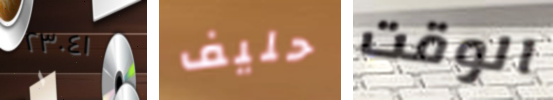
٢٣٠٤١ حليف الوقت